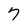
Character: 7